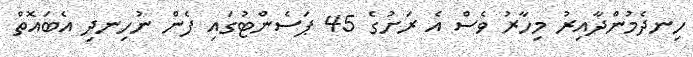
ހިނދެމުންދާއިރު މިހާރު ވެސް އެ ރަށުގެ 45 ޕަސެންޓުގައި ފެން ނުހިނދި އެބައޮތް